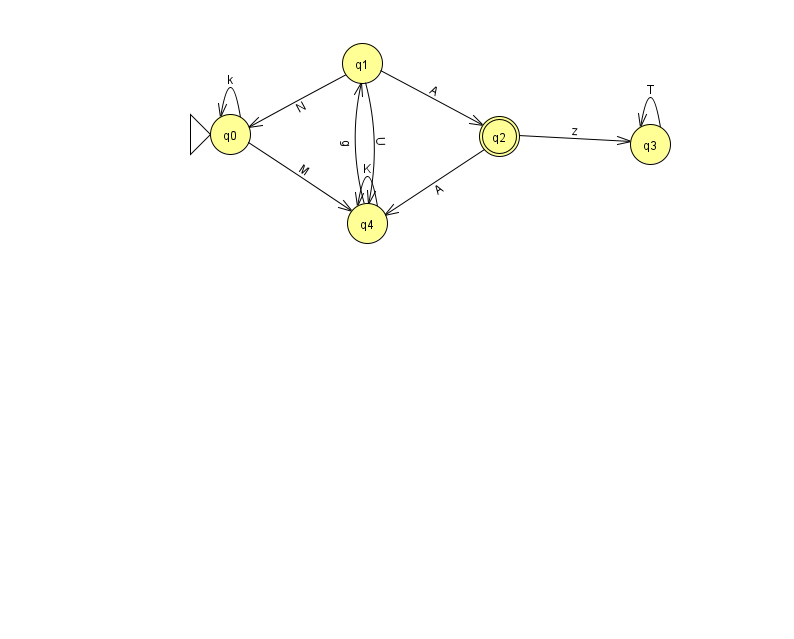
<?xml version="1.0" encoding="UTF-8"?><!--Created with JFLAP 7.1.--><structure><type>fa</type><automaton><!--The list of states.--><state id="0" name="q0"><x>230.0</x><y>121.0</y><initial/></state><state id="1" name="q1"><x>362.0</x><y>50.0</y></state><state id="2" name="q2"><x>499.0</x><y>123.0</y><final/></state><state id="3" name="q3"><x>650.0</x><y>131.0</y></state><state id="4" name="q4"><x>367.0</x><y>210.0</y></state><!--The list of transitions.--><transition><from>3</from><to>3</to><read>T</read></transition><transition><from>4</from><to>1</to><read>g</read></transition><transition><from>1</from><to>2</to><read>A</read></transition><transition><from>1</from><to>4</to><read>U</read></transition><transition><from>2</from><to>4</to><read>A</read></transition><transition><from>2</from><to>3</to><read>z</read></transition><transition><from>0</from><to>0</to><read>k</read></transition><transition><from>4</from><to>4</to><read>K</read></transition><transition><from>0</from><to>4</to><read>M</read></transition><transition><from>1</from><to>0</to><read>N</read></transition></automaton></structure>